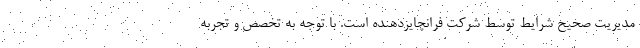
مدیریت صحیح شرایط توسط شرکت فرانچایزدهنده است. با توجه به تخصص و تجربه